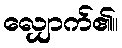
လျှောက်၏။